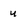
Character: u